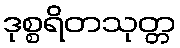
ဒုစ္စရိတသုတ္တ